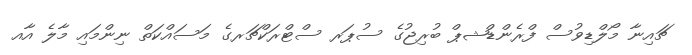
ޗައިނާ މޯލްޑިވުސް ފްރެންޑްޝޕް ބުރިޖުގެ ސުޕަރ ސްޓްރަކްޗަރގެ މަސައްކަތް ނިންމައި މާލެ އާއ